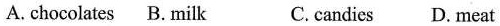
A.chocolates B. milk C.candies D. meat